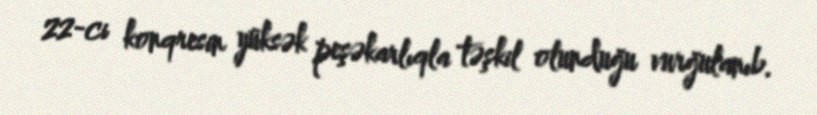
22-ci konqresin yüksək peşəkarlıqla təşkil olunduğu vurğulanıb.